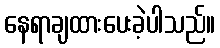
နေရာချထားပေးခဲ့ပါသည်။